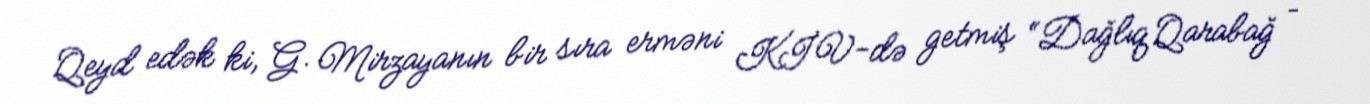
Qeyd edək ki, G. Mirzayanın bir sıra erməni KİV-də getmiş “Dağlıq Qarabağ –